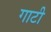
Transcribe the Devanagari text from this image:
गाटी